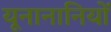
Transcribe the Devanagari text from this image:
यूनानानियों